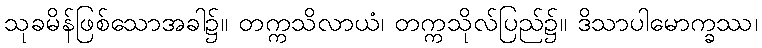
သုခမိန်ဖြစ်သောအခါ၌။ တက္ကသိလာယံ၊ တက္ကသိုလ်ပြည်၌။ ဒိသာပါမောက္ခဿ၊